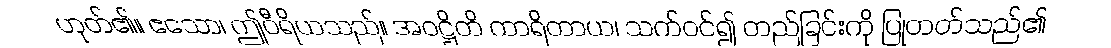
ဟုတ်၏။ ဧသော၊ ဤဝီရိယသည်။ အဝဋ္ဌိတိ ကာရိတာယ၊ သက်ဝင်၍ တည်ခြင်းကို ပြုတတ်သည်၏